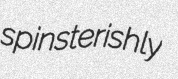
spinsterishly